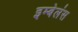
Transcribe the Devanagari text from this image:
इम्बेलंस